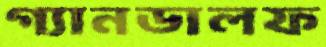
গ্যানডালফ